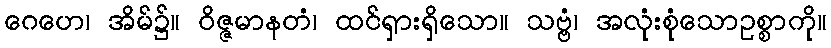
ဂေဟေ၊ အိမ်၌။ ဝိဇ္ဇမာနတံ၊ ထင်ရှားရှိသော။ သဗ္ဗံ၊ အလုံးစုံသောဥစ္စာကို။